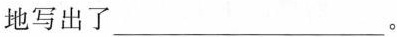
地写出了___。